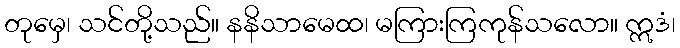
တုမှေ၊ သင်တို့သည်။ နနိသာမေထ၊ မကြားကြကုန်သလော။ ဣဒံ၊